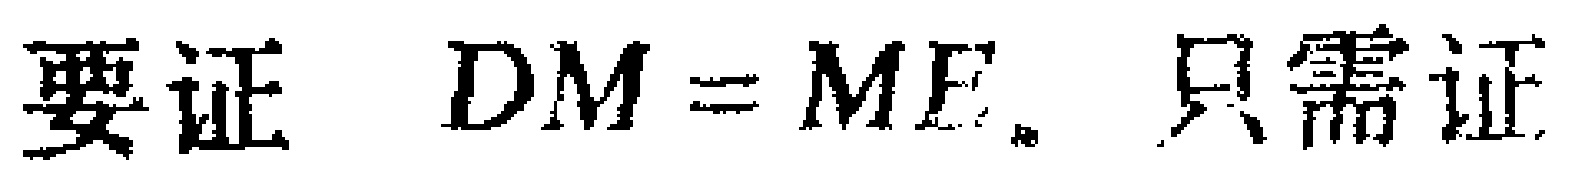
要证 $DM = ME$。只需证